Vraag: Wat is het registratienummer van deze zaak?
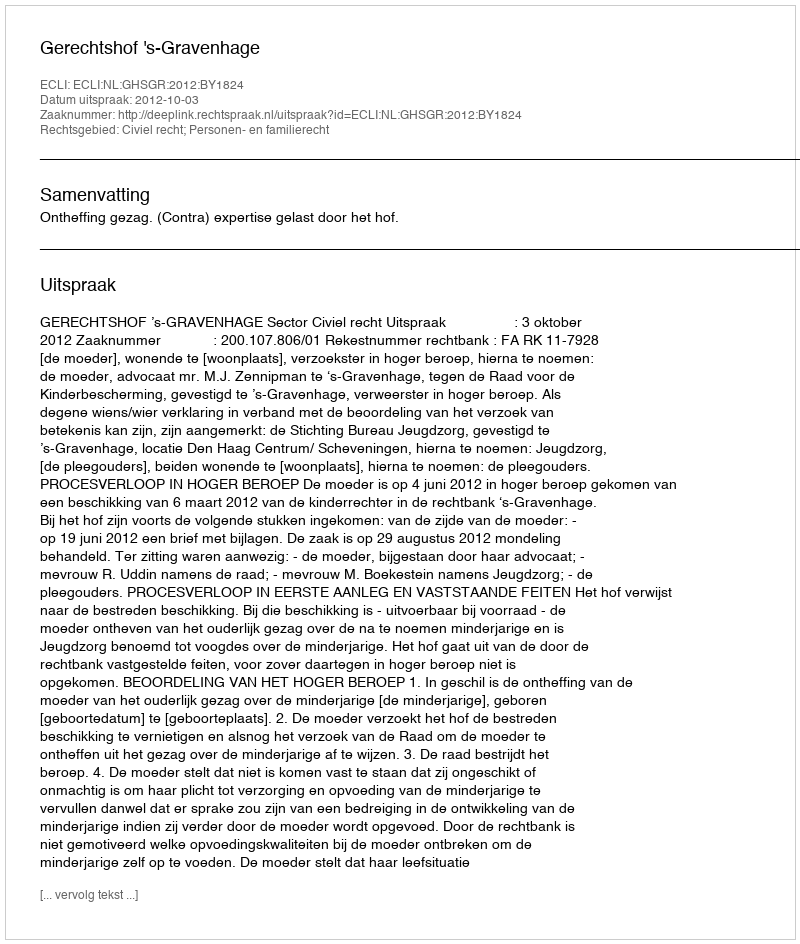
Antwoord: http://deeplink.rechtspraak.nl/uitspraak?id=ECLI:NL:GHSGR:2012:BY1824